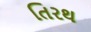
તિરથ